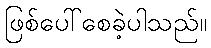
ဖြစ်ပေါ်စေခဲ့ပါသည်။